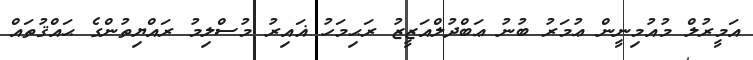
އަމީރުލް މުއުމިނީން ޢުމަރު ބުނު ޢަބްދުލްއަޒީޒު ރަޙިމަހު ޣައިރު މުސްލިމު ރައްޔިތުންގެ ޙައްޤުތައް